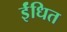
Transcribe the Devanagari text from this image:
ईंधित